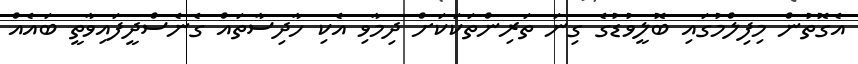
އެގޮތުން މިފިލްމުގައި ބޮލީވުޑުގެ ގިނަ ތަރިންތަކަކަށް ދިމާވި އެކި ހާދިސާތައް ގެނެސްދީފައިވާތީ ބައެއް